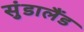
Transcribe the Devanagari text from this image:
सुंडालैंड